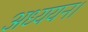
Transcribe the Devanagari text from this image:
अध्‍ययन।